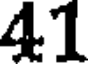
41